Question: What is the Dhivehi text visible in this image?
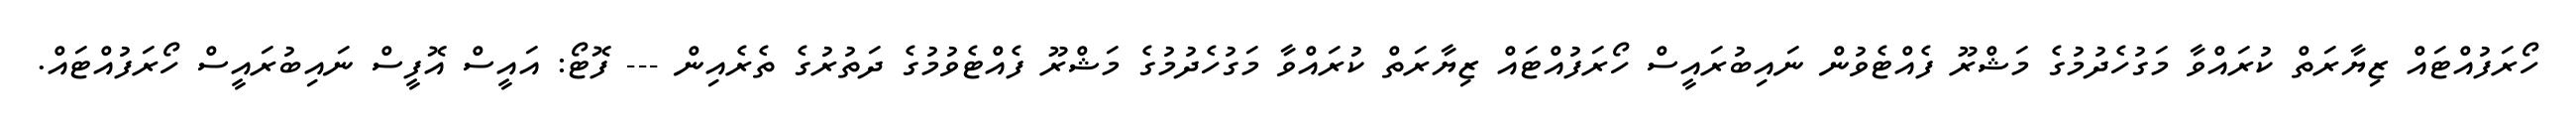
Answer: ހޯރަފުއްޓައް ޒިޔާރަތް ކުރައްވާ މަގުހެދުމުގެ މަޝްރޫ ފެއްޓެވުން ނައިބުރައީސް ހޯރަފުއްޓައް ޒިޔާރަތް ކުރައްވާ މަގުހެދުމުގެ މަޝްރޫ ފެއްޓެވުމުގެ ދަތުރުގެ ތެރެއިން --- ފޮޓޯ: އައީސް އޮފީސް ނައިބުރައީސް ހޯރަފުއްޓައް.